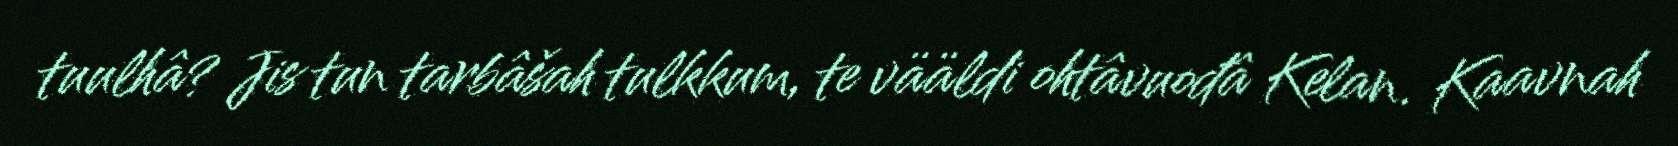
tuulhâ? Jis tun tarbâšah tulkkum, te vääldi ohtâvuođâ Kelan. Kaavnah